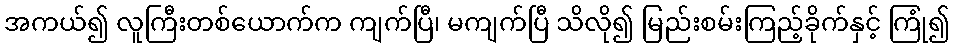
အကယ်၍ လူကြီးတစ်ယောက်က ကျက်ပြီ၊ မကျက်ပြီ သိလို၍ မြည်းစမ်းကြည့်ခိုက်နှင့် ကြုံ၍